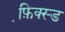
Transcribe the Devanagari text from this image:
फ़ि़क्स्ड